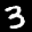
Label: 3